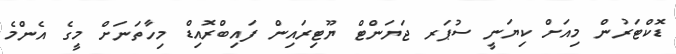
ޑޮކްޓަރުން މިއަށް ކިޔަނީ ސުޕަރ ޖަޔަންޓް ޔޫޓިރައިން ފައިބްރޮއިޑް މިހާތަނަށް މީގެ އެންމެ